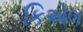
કિએલ